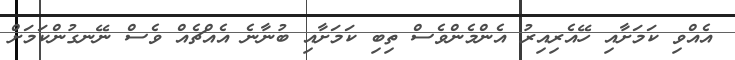
އެއްވި ކަމަށާއި ހޭއެރިއިރު އެންމެންވެސް ތިބި ކަމަށާއި ބުނާނެ އެއްޗެއް ވެސް ނޭނގުންކަމަށް